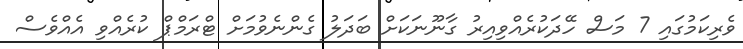
ވެރިކަމުގައި 7 މަސް ހޭދަކުރެއްވިއިރު ގާނޫނަކަށް ބަދަލު ގެންނެވުމަށް ޓްރަމްޕް ކުރެއްވި އެއްވެސް